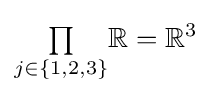
{\textstyle \prod \limits _{j\in \{1,2,3\}}}\mathbb {R} =\mathbb {R} ^{3}